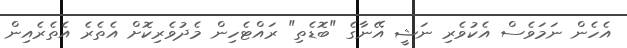
އެހެން ނަމަވެސް އެކުވެރި ނަޝީ އޭނާގެ "ބޮޑެތި" ރައްޓެހިން މެދުވެރިކޮށް އެތެރެ އެތެރެއިން